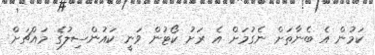
ކަމުން އެ ބެނާތަށް ނެގުމަށް އެ ރަށު ކޯޓުން ވަނީ ކައުންސިލުގެ މައްޗަށް